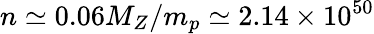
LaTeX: n\simeq 0.06M_{Z}/m_{p}\simeq 2.14\times 10^{50}